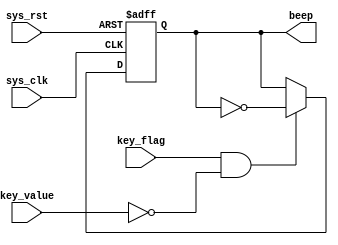
module beep_control(
	input		sys_clk,
	input		sys_rst,
	input		key_flag,
	input		key_value,
	
	output	reg beep
	);

	always @(posedge sys_clk or negedge sys_rst) begin
		if(!sys_rst)
			beep <= 1'b0;
		else if(key_flag && (~key_value))
			beep <= ~beep;
	end
	
endmodule